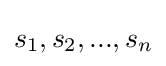
s_{1},s_{2},...,s_{n}